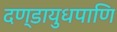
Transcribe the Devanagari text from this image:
दण्डायुधपाणि